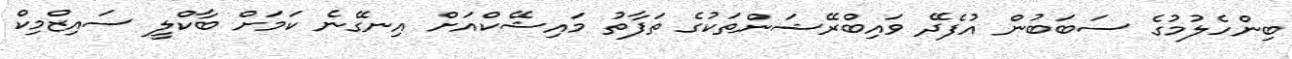
ބިންހެލުމުގެ ސަބަބުން އުފެދޭ ވައިބްރޭޝަންތަކުގެ ތަފާތު މައިޝޭކްއަށް އިނގޭނެ ކަމަށް ބާކްލީ ސައިޒްމިކް